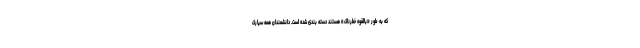
که به طور «بالقوه خطرناک» هستند دسته بندی شده است. دانشمندان همه سیارک